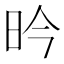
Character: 昑